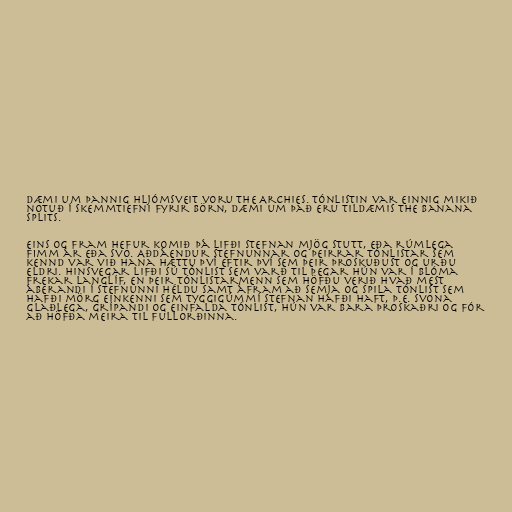
Dæmi um þannig hljómsveit voru The Archies. Tónlistin var einnig mikið
notuð í skemmtiefni fyrir börn, dæmi um það eru tildæmis The Banana
Splits.

Eins og fram hefur komið þá lifði stefnan mjög stutt, eða rúmlega
fimm ár eða svo. Aðdáendur stefnunnar og þeirrar tónlistar sem
kennd var við hana hættu því eftir því sem þeir þroskuðust og urðu
eldri. Hinsvegar lifði sú tónlist sem varð til þegar hún var í blóma
frekar langlíf, en þeir tónlistarmenn sem höfðu verið hvað mest
áberandi í stefnunni héldu samt áfram að semja og spila tónlist sem
hafði mörg einkenni sem tyggigúmmí stefnan hafði haft, þ.e. svona
glaðlega, grípandi og einfalda tónlist, hún var bara þroskaðri og fór
að höfða meira til fullorðinna.